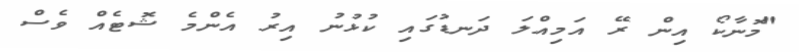
"މޮނާކޯ އިން ރޭ އަމިއްލަ ދަނޑުގައި ކުޅުނު އިރު އެންމެ ޝޮޓެއް ވެސް